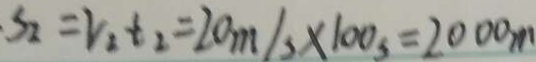
S _ { I } = V _ { I } t _ { I } = 2 0 m / s \times 1 0 0 s = 2 0 0 0 m